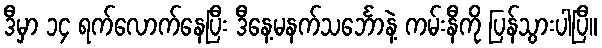
ဒီမှာ ၁၄ ရက်လောက်နေပြီး ဒီနေ့မနက်သင်္ဘောနဲ့ ကမ်းနီကို ပြန်သွားပါပြီ။